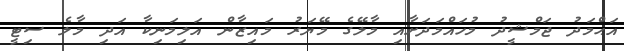
އަޙްމަދު ޖަމްޝީދު މުހައްމަދަށާއި މާލޭގެ މޭޔަރު މައިޒާން އަލިމަނިކާ އަދި މާލެ ސިޓީ